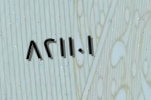
٨٢١١٠١